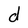
Character: d